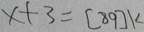
x + 3 = [ 8 9 ] 1 <